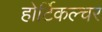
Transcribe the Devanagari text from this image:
होर्टिकल्चर